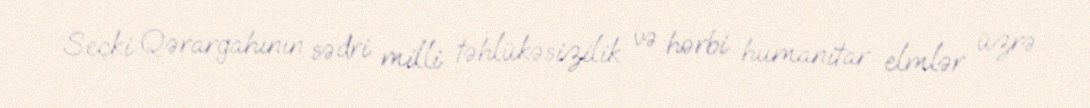
Seçki Qərargahının sədri milli təhlükəsizilik və hərbi humanitar elmlər üzrə